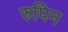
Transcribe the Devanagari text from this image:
रुपिन